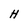
Character: H